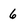
Character: 6